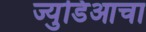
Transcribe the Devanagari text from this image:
ज्युडिआचा